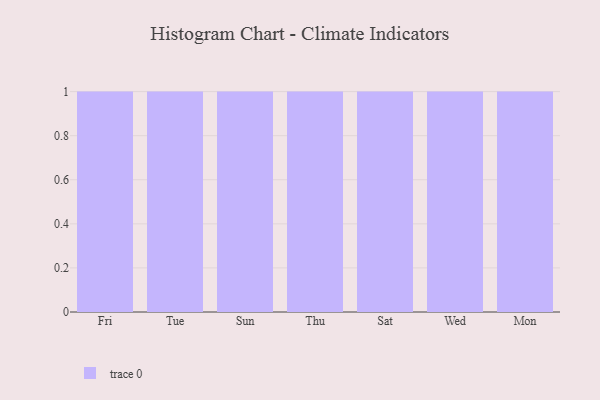
{"axis": {"x": "Day", "y": "Conversion Rate (%)"}, "legend": [""], "data": [{"x": "Fri", "y": 57, "type": ""}, {"x": "Tue", "y": 86, "type": ""}, {"x": "Sun", "y": 51, "type": ""}, {"x": "Thu", "y": 83, "type": ""}, {"x": "Sat", "y": 24, "type": ""}, {"x": "Wed", "y": 67, "type": ""}, {"x": "Mon", "y": 18, "type": ""}]}